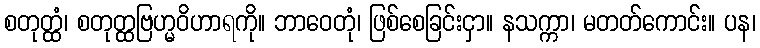
စတုတ္ထံ၊ စတုတ္ထဗြဟ္မဝိဟာရကို။ ဘာဝေတုံ၊ ဖြစ်စေခြင်းငှာ။ နသက္ကာ၊ မတတ်ကောင်း။ ပန၊